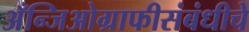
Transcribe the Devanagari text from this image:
अँन्जिओग्राफीसंबंधीचे